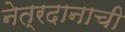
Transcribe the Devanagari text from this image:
नेत्रदानाची